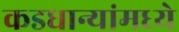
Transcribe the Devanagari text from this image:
कडधान्यांमध्ये